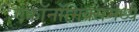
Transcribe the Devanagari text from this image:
एकॉनॉमिक्समध्ये